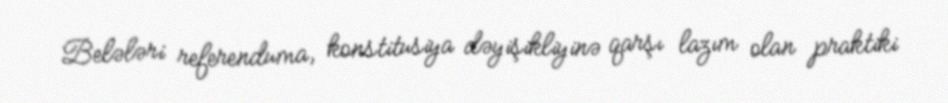
Belələri referenduma, konstitusiya dəyişikliyinə qarşı lazım olan praktiki